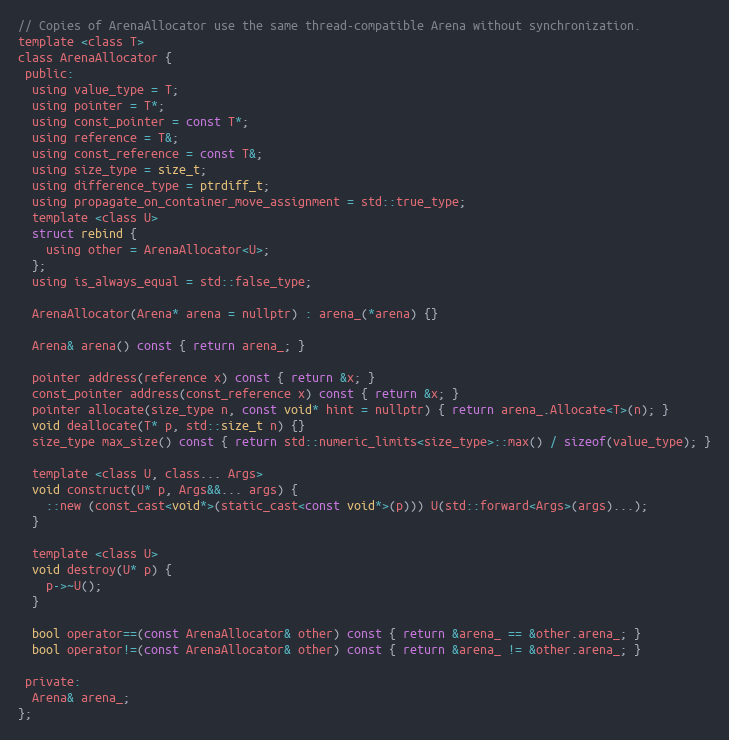
Language: C
// Copies of ArenaAllocator use the same thread-compatible Arena without synchronization.
template <class T>
class ArenaAllocator {
 public:
  using value_type = T;
  using pointer = T*;
  using const_pointer = const T*;
  using reference = T&;
  using const_reference = const T&;
  using size_type = size_t;
  using difference_type = ptrdiff_t;
  using propagate_on_container_move_assignment = std::true_type;
  template <class U>
  struct rebind {
    using other = ArenaAllocator<U>;
  };
  using is_always_equal = std::false_type;

  ArenaAllocator(Arena* arena = nullptr) : arena_(*arena) {}

  Arena& arena() const { return arena_; }

  pointer address(reference x) const { return &x; }
  const_pointer address(const_reference x) const { return &x; }
  pointer allocate(size_type n, const void* hint = nullptr) { return arena_.Allocate<T>(n); }
  void deallocate(T* p, std::size_t n) {}
  size_type max_size() const { return std::numeric_limits<size_type>::max() / sizeof(value_type); }

  template <class U, class... Args>
  void construct(U* p, Args&&... args) {
    ::new (const_cast<void*>(static_cast<const void*>(p))) U(std::forward<Args>(args)...);
  }

  template <class U>
  void destroy(U* p) {
    p->~U();
  }

  bool operator==(const ArenaAllocator& other) const { return &arena_ == &other.arena_; }
  bool operator!=(const ArenaAllocator& other) const { return &arena_ != &other.arena_; }

 private:
  Arena& arena_;
};